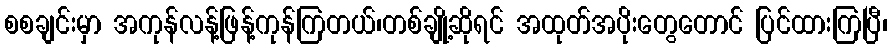
စစချင်းမှာ အကုန်လန့်ဖြန့်ကုန်ကြတယ်၊တစ်ချို့ဆိုရင် အထုတ်အပိုးတွေတောင် ပြင်ထားကြပြီ၊